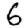
Digit: 6